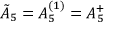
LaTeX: { \tilde { A } } _ { 5 } = A _ { 5 } ^ { ( 1 ) } = A _ { 5 } ^ { + }